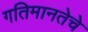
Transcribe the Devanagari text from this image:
गतिमानतेचे